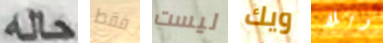
حله فقط ليست ويك وبلا